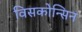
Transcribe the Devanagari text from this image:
विसकोन्सिन